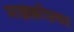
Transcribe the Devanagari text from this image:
माइक्रोएयर